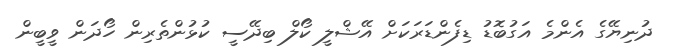
ދުނިޔޭގެ އެންމެ އަގުބޮޑު ޑިފެންޑަރަކަށް އޭޝްލީ ކޯލް ބިދޭސީ ކުޅުންތެރިން ހޯދަން ވީބީން